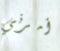
أمرني